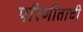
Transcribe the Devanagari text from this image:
परिणीताची